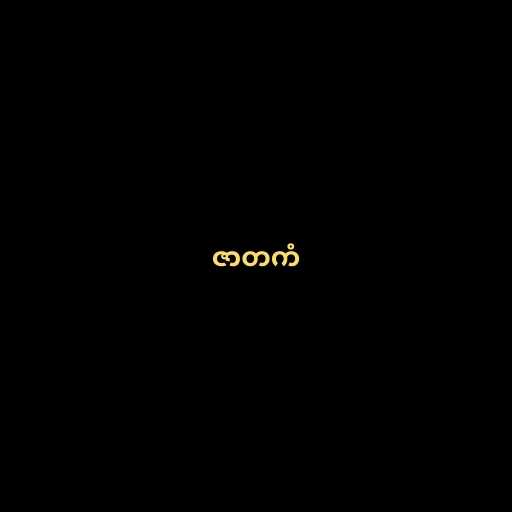
ဇာတကံ